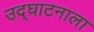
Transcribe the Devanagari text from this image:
उद्‌घाटनाला